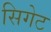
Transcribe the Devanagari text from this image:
सिगेट